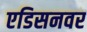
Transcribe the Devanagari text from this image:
एडिसनवर